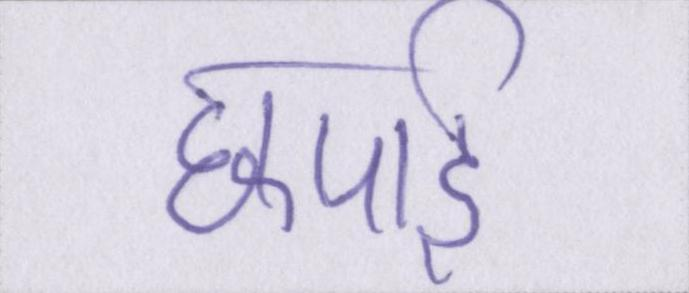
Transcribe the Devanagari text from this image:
छपाई